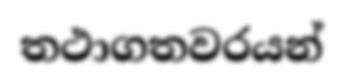
තථාගතවරයන්